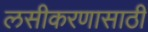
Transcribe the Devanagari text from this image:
लसीकरणासाठी